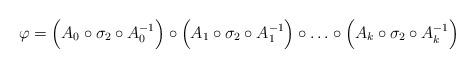
LaTeX: \begin{align*}\varphi=\Big(A_0\circ\sigma_2\circ A_0^{-1}\Big)\circ\Big(A_1\circ\sigma_2\circ A_1^{-1}\Big)\circ\ldots\circ\Big(A_k\circ\sigma_2\circ A_k^{-1}\Big)\end{align*}